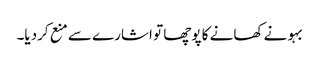
بہو نے کھانے کا پوچھا تو اشارے سے منع کردیا۔